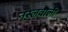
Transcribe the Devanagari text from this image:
नस्लवाली